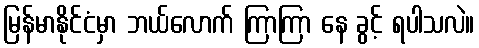
မြန်မာနိုင်ငံမှာ ဘယ်လောက် ကြာကြာ နေ ခွင့် ရပါသလဲ။